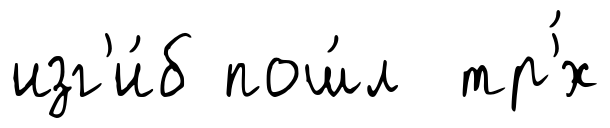
изг'и́б пош́л тр'́х